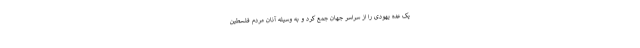
یک عده یهودی را از سراسر جهان جمع کرد و به وسیله آنان مردم فلسطین